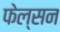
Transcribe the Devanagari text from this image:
फेल्सन